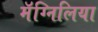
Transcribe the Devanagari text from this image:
मॅग्निलिया